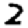
Digit: 2